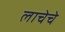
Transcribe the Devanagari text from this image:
लाचेचे